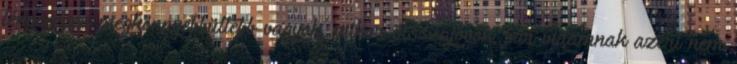
lényegesen megkönnyebbültebb vagyok, mikor visszajövök, bár vidámnak azért nem